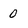
Character: 0